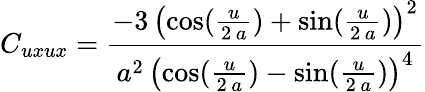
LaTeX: C_{uxux}={\frac{-3\, {{\left(\cos({\frac{u}{2\, a}})+\sin({\frac{u}{2\, a}})\right)}^{2}}}{{a^{2}}\, {{\left(\cos({\frac{u}{2\, a}})-\sin({\frac{u}{2\, a}})\right)}^{4}}}}